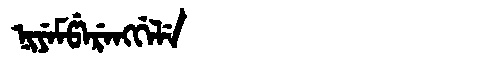
Manchu: ᠨᡳᠶᡝᠮᡦᡝᡵᡝᠩᡤᡝᠯᡝ
Romanization: NIYEMPERENGGELE